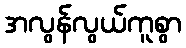
အလွန်လွယ်ကူစွာ